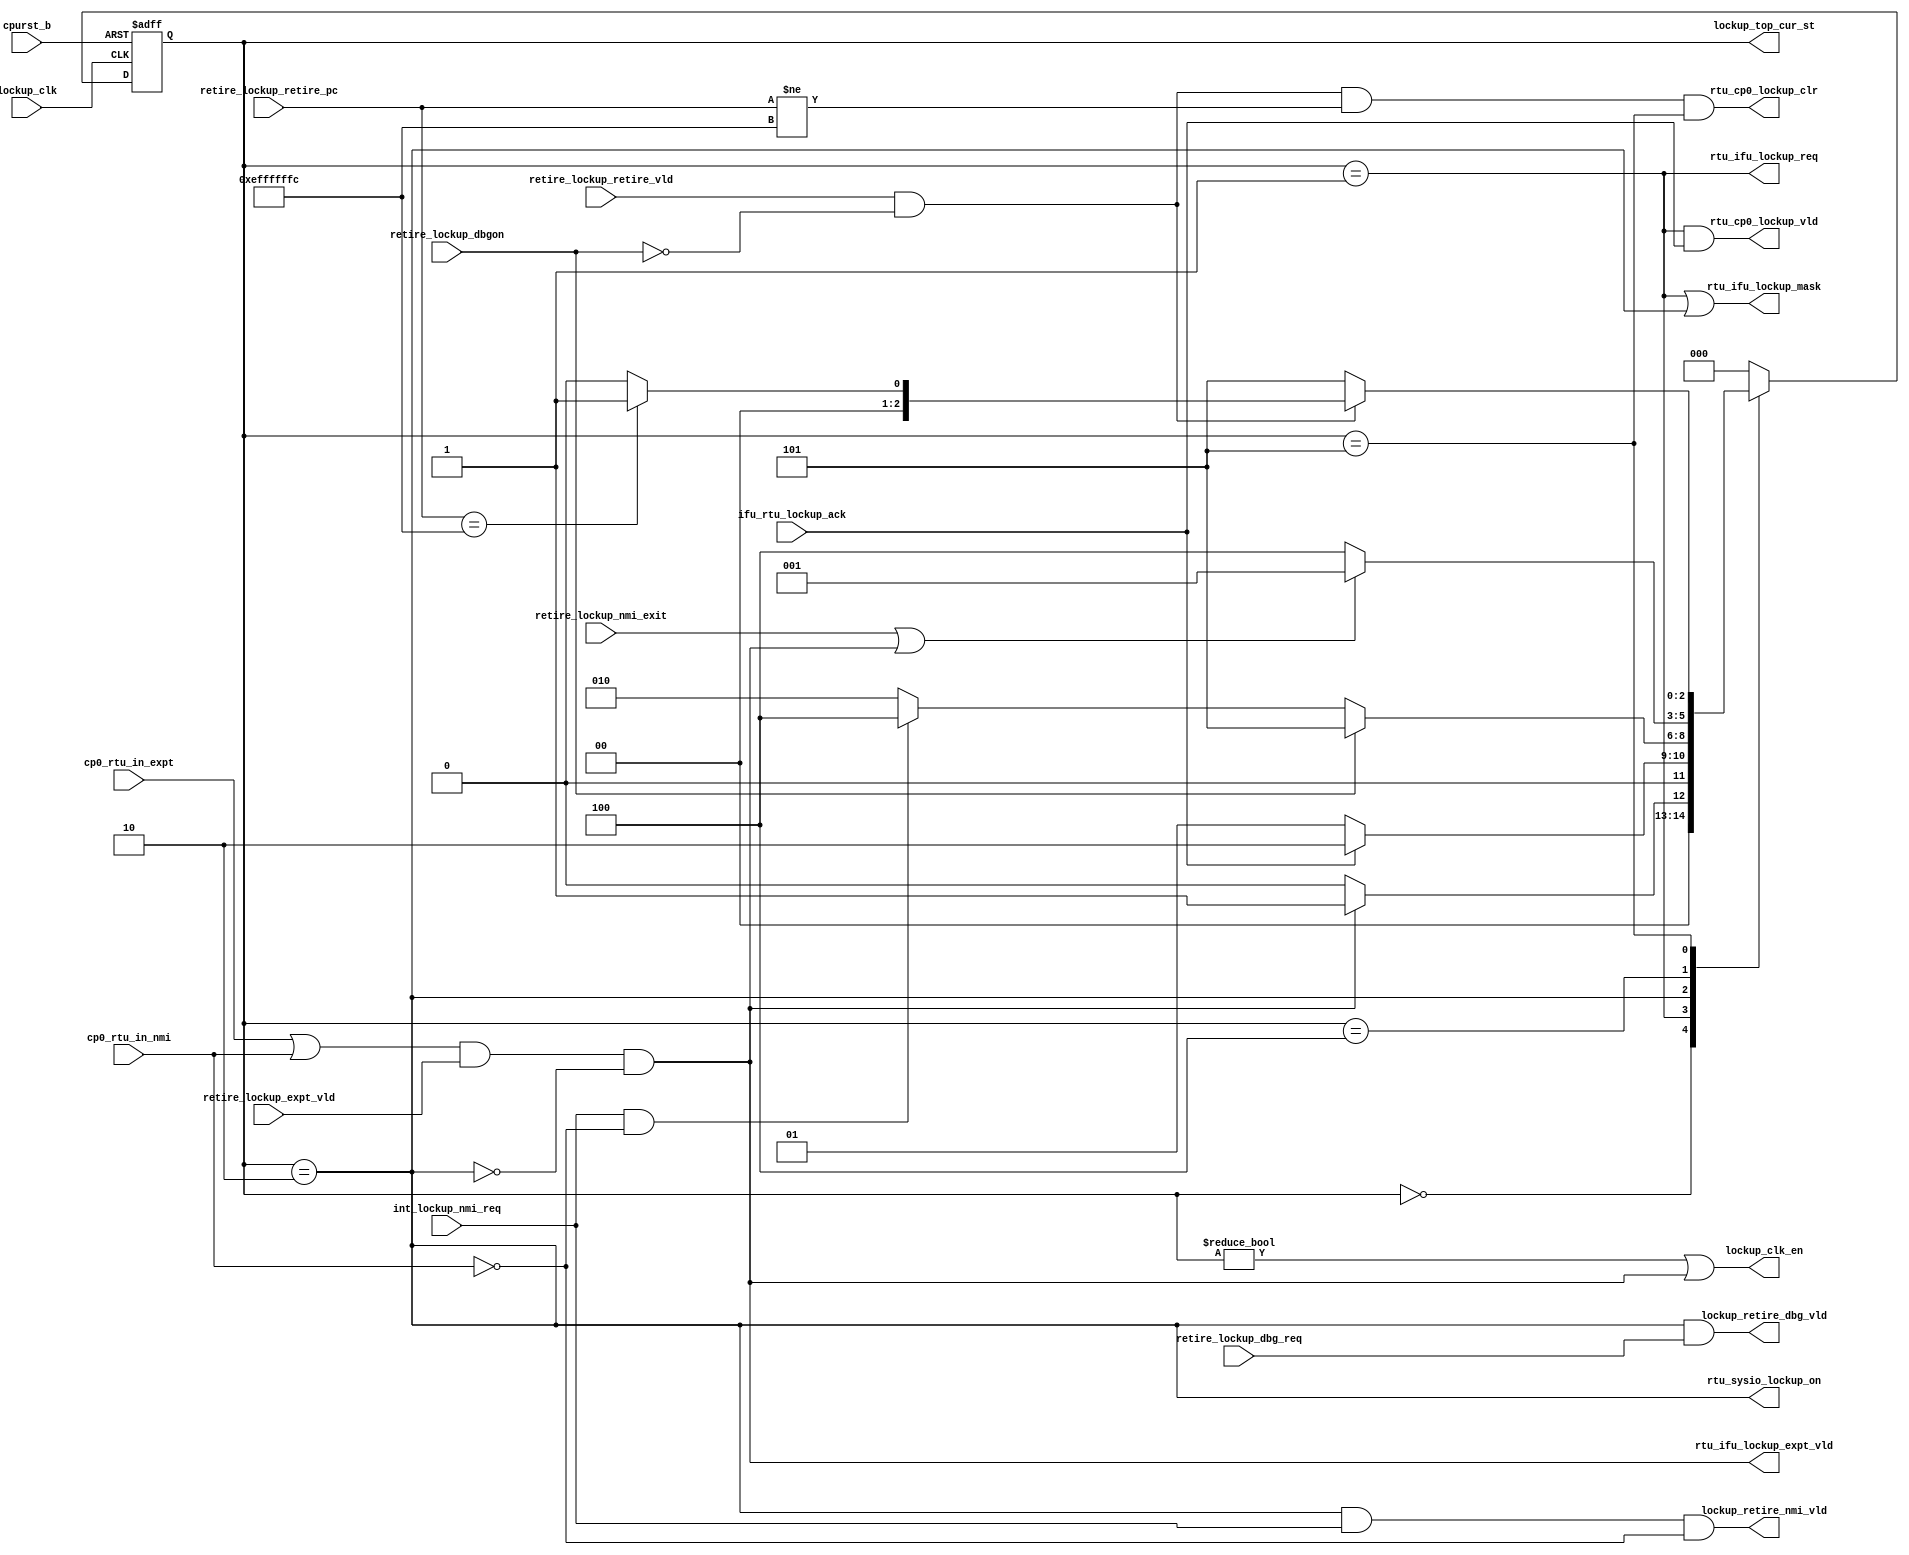
/*Copyright 2020-2021 T-Head Semiconductor Co., Ltd.

Licensed under the Apache License, Version 2.0 (the "License");
you may not use this file except in compliance with the License.
You may obtain a copy of the License at

    http://www.apache.org/licenses/LICENSE-2.0

Unless required by applicable law or agreed to in writing, software
distributed under the License is distributed on an "AS IS" BASIS,
WITHOUT WARRANTIES OR CONDITIONS OF ANY KIND, either express or implied.
See the License for the specific language governing permissions and
limitations under the License.
*/

// &ModuleBeg; @23
module pa_rtu_lockup(
  cp0_rtu_in_expt,
  cp0_rtu_in_nmi,
  cpurst_b,
  ifu_rtu_lockup_ack,
  int_lockup_nmi_req,
  lockup_clk,
  lockup_clk_en,
  lockup_retire_dbg_vld,
  lockup_retire_nmi_vld,
  lockup_top_cur_st,
  retire_lockup_dbg_req,
  retire_lockup_dbgon,
  retire_lockup_expt_vld,
  retire_lockup_nmi_exit,
  retire_lockup_retire_pc,
  retire_lockup_retire_vld,
  rtu_cp0_lockup_clr,
  rtu_cp0_lockup_vld,
  rtu_ifu_lockup_expt_vld,
  rtu_ifu_lockup_mask,
  rtu_ifu_lockup_req,
  rtu_sysio_lockup_on
);

// &Ports; @24
input           cp0_rtu_in_expt;         
input           cp0_rtu_in_nmi;          
input           cpurst_b;                
input           ifu_rtu_lockup_ack;      
input           int_lockup_nmi_req;      
input           lockup_clk;              
input           retire_lockup_dbg_req;   
input           retire_lockup_dbgon;     
input           retire_lockup_expt_vld;  
input           retire_lockup_nmi_exit;  
input   [31:0]  retire_lockup_retire_pc; 
input           retire_lockup_retire_vld; 
output          lockup_clk_en;           
output          lockup_retire_dbg_vld;   
output          lockup_retire_nmi_vld;   
output  [2 :0]  lockup_top_cur_st;       
output          rtu_cp0_lockup_clr;      
output          rtu_cp0_lockup_vld;      
output          rtu_ifu_lockup_expt_vld; 
output          rtu_ifu_lockup_mask;     
output          rtu_ifu_lockup_req;      
output          rtu_sysio_lockup_on;     

// &Regs; @25
reg     [2 :0]  lockup_cur_st;           
reg     [2 :0]  lockup_nxt_st;           

// &Wires; @26
wire            cp0_rtu_in_expt;         
wire            cp0_rtu_in_nmi;          
wire            cpurst_b;                
wire            ifu_rtu_lockup_ack;      
wire            int_lockup_nmi_req;      
wire            lock_up_ack;             
wire            lock_up_en;              
wire            lock_up_vld;             
wire            lockup_clk;              
wire            lockup_clk_en;           
wire            lockup_on;               
wire            lockup_retire_dbg_vld;   
wire            lockup_retire_nmi_vld;   
wire    [2 :0]  lockup_top_cur_st;       
wire            retire_lockup_dbg_req;   
wire            retire_lockup_dbgon;     
wire            retire_lockup_expt_vld;  
wire            retire_lockup_nmi_exit;  
wire    [31:0]  retire_lockup_retire_pc; 
wire            retire_lockup_retire_vld; 
wire            rtu_cp0_lockup_clr;      
wire            rtu_cp0_lockup_vld;      
wire            rtu_ifu_lockup_expt_vld; 
wire            rtu_ifu_lockup_mask;     
wire            rtu_ifu_lockup_req;      
wire            rtu_sysio_lockup_on;     


// lock up module
// 1. Lock up valid when expt vld in a expt handler, ecall and ebreak excluded
// 2. Lock up will wait IFU empty and mask IFU fetch
// 3. Lock up can react debug and nmi

assign lock_up_en = 1'b1;

assign lock_up_vld = (cp0_rtu_in_expt || cp0_rtu_in_nmi)
                  && retire_lockup_expt_vld
                  && lock_up_en
                  && !lockup_on;

// Lock up state machine
parameter IDLE   = 3'b000;
parameter WFLU   = 3'b001;
parameter LKUP   = 3'b010;
parameter LKNMI  = 3'b100;
parameter LKDBG  = 3'b101;

always @ (posedge lockup_clk or negedge cpurst_b)
begin
  if(!cpurst_b)
    lockup_cur_st[2:0] <= IDLE;
  else
    lockup_cur_st[2:0] <= lockup_nxt_st[2:0];
end

// &CombBeg; @55
always @( cp0_rtu_in_nmi
       or retire_lockup_nmi_exit
       or lock_up_vld
       or lock_up_ack
       or retire_lockup_retire_pc[31:0]
       or retire_lockup_retire_vld
       or int_lockup_nmi_req
       or retire_lockup_dbgon
       or lockup_cur_st[2:0])
begin
case(lockup_cur_st[2:0])
  IDLE:
  begin
    if(lock_up_vld)
      lockup_nxt_st[2:0] = WFLU;
    else
      lockup_nxt_st[2:0] = IDLE;
  end
  WFLU:
  begin
    if(lock_up_ack)
      lockup_nxt_st[2:0] = LKUP;
    else
      lockup_nxt_st[2:0] = WFLU;
  end
  LKUP:
  begin
    if(retire_lockup_dbgon)
      lockup_nxt_st[2:0] = LKDBG;
    else if(int_lockup_nmi_req && !cp0_rtu_in_nmi)
      lockup_nxt_st[2:0] = LKNMI;
    else
      lockup_nxt_st[2:0] = LKUP;
  end
  LKNMI:
  begin
    if(retire_lockup_nmi_exit || lock_up_vld)
      lockup_nxt_st[2:0] = WFLU;
    else
      lockup_nxt_st[2:0] = LKNMI;
  end
  LKDBG:
  begin
    if(retire_lockup_retire_vld && !retire_lockup_dbgon)
      if (retire_lockup_retire_pc[31:0] == 32'hEFFF_FFFC)
        lockup_nxt_st[2:0] = WFLU;
      else
        lockup_nxt_st[2:0] = IDLE;
    else
      lockup_nxt_st[2:0] = LKDBG;
  end
  default:
  begin
    lockup_nxt_st[2:0] = IDLE;
  end
endcase
// &CombEnd; @102
end

assign lock_up_ack         = ifu_rtu_lockup_ack;

assign lockup_on           = lockup_cur_st[2:0] == LKUP;

assign rtu_ifu_lockup_req   = lockup_cur_st[2:0] == WFLU;

assign lockup_top_cur_st[2:0] = lockup_cur_st[2:0];

assign rtu_ifu_lockup_expt_vld = lock_up_vld;
assign lockup_retire_nmi_vld = lockup_on && int_lockup_nmi_req && !cp0_rtu_in_nmi;
assign lockup_retire_dbg_vld = lockup_on && retire_lockup_dbg_req;

assign rtu_cp0_lockup_vld     = lockup_cur_st[2:0] == WFLU && lock_up_ack;
assign rtu_cp0_lockup_clr     = retire_lockup_retire_vld && !retire_lockup_dbgon
                             && retire_lockup_retire_pc[31:0] != 32'hEFFF_FFFC
                             && lockup_cur_st[2:0] == LKDBG;

assign rtu_ifu_lockup_mask   = lockup_cur_st[2:0] == WFLU || lockup_on;
assign rtu_sysio_lockup_on   = lockup_on;

assign lockup_clk_en = lockup_cur_st[2:0] != IDLE
                    || lock_up_vld;


// &ModuleEnd; @137
endmodule